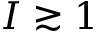
I \gtrsim 1